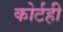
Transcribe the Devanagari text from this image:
कोर्टही